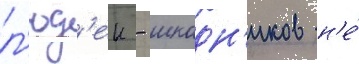
л'юд'еи - шкодн'иков н'е́